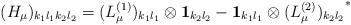
LaTeX: \begin{align*}(H_\mu)_{k_1 l_1 k_2 l_2 }=(L_\mu^{(1)})_{k_1 l_1 }\otimes{\bf 1}_{k_2 l_2 }- {\bf 1}_{k_1 l_1 }\otimes{(L_\mu^{(2)})_{k_2 l_2 }}^*\end{align*}